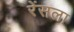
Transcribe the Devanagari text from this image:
रेंसला